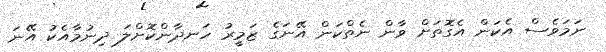
ނަމަވެސް އެކަން އެގޮތަށް ވާން ނެތްކަން އޭނަގެ ޒަމީރު ހަނދާންކޮށްލަ ދިނުމާއެކު އޭނަ